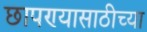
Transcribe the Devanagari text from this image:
छापण्यासाठीच्या